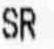
SR